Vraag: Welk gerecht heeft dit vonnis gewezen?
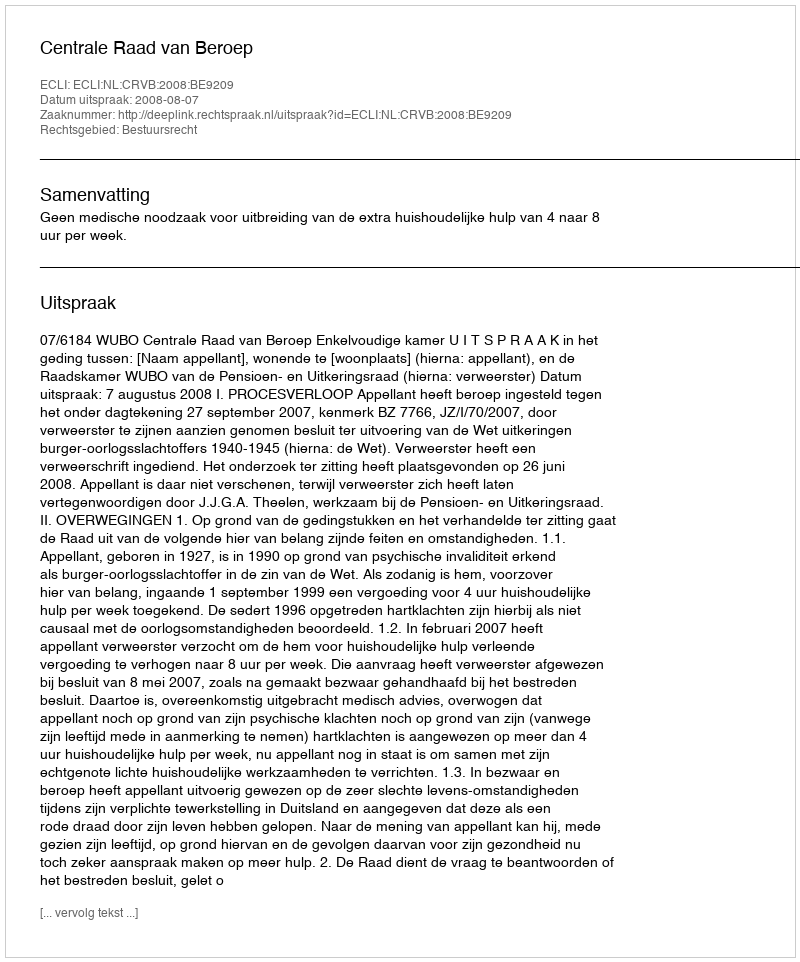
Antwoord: Centrale Raad van Beroep